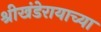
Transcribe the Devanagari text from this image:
श्रीखंडेरायाच्या